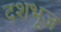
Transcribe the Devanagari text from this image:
दशभूज